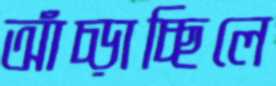
আঁচ্‌ড়াচ্ছিলে